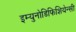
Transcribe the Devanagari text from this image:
इम्युनोडिफिशियेन्सी